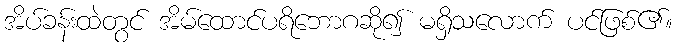
အိပ်ခန်းထဲတွင် အိမ်ထောင်ပရိဘောဂဆို၍ မရှိသလောက် ပင်ဖြစ်၏။